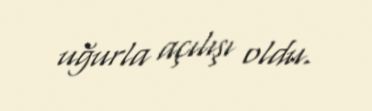
uğurla açılışı oldu.